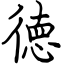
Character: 徳